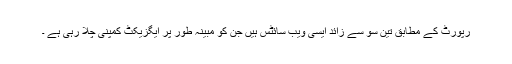
رپورٹ کے مطابق تین سو سے زائد ایسی ویب سائٹس ہیں جن کو مبینہ طور پر ایگزیکٹ کمپنی چلا رہی ہے ۔